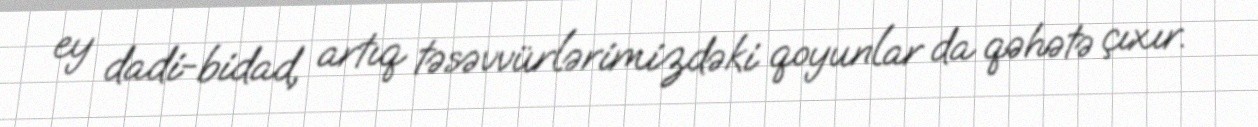
ey dadi-bidad, artıq təsəvvürlərimizdəki qoyunlar da qəhətə çıxır.